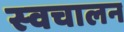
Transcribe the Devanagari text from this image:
स्‍वचालन